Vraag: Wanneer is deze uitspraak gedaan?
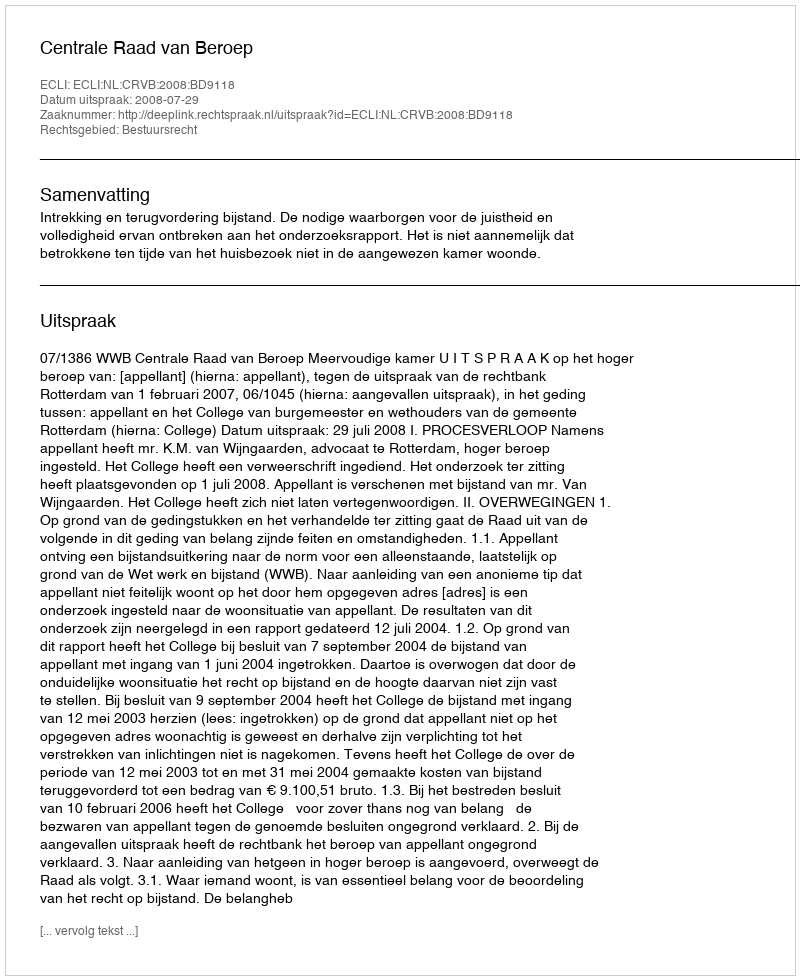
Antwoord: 2008-07-29